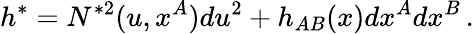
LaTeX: h^{\ast}={N}^{\ast 2}(u,x^{A})du^{2}+h_{AB}(x)dx^{A}dx^{B}\, .